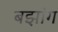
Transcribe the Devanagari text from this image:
बझांग